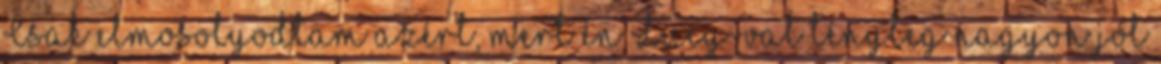
Csak elmosolyodtam azért, mert én Lucy-val tényleg nagyon jól